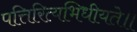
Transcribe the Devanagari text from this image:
पत्तिरित्यभिधीयते॥